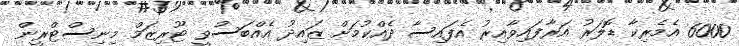
6000 އެމެރިކާ ޑޮލަރު އަރާފައިވާއިރު އެފައިސާ ދެއްކުމަށް ޒައިދު އެއްބަސްވީ ޓޫރިޒަމް މިނިސްޓްރީން